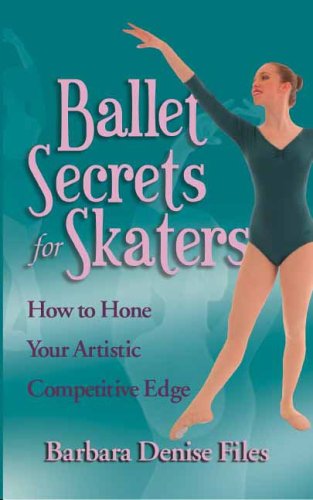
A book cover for Ballet Secrets for Skaters: How to Hone Your Artistic Competitive Edge; Sports & Outdoors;